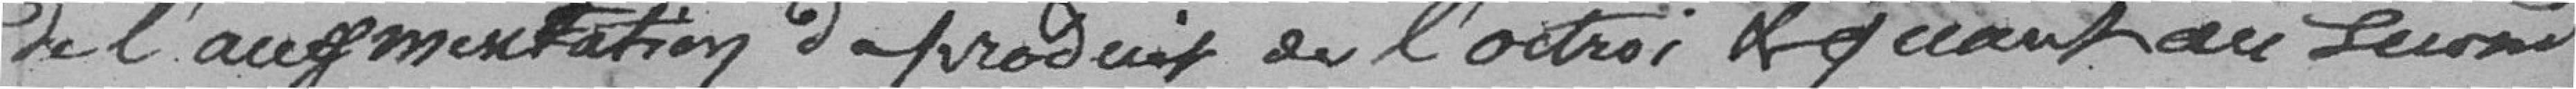
de l'augmentation du produit de l'octroi quant au ......